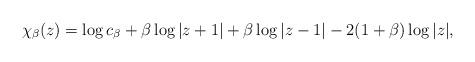
LaTeX: \begin{align*}\chi_\beta(z)= \log c_\beta +\beta\log |z+1|+\beta\log |z-1|-2(1+\beta)\log |z|,\end{align*}